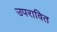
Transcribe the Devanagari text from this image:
उपरावित